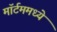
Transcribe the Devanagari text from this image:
मॉर्टममध्ये